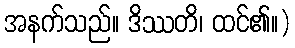
အနက်သည်။ ဒိဿတိ၊ ထင်၏။)